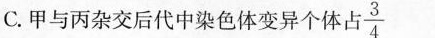
C.甲与丙杂交后代中染色体变异个体占 \frac{3}{4}